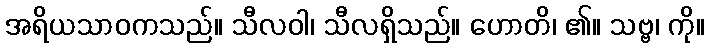
အရိယသာဝကသည်။ သီလဝါ၊ သီလရှိသည်။ ဟောတိ၊ ၏။ သဗ္ဗ၊ ကို။